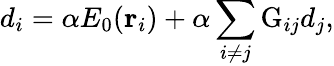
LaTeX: d_{i}=\alpha E_{0}(\mathbf{r}_{i})+\alpha\sum_{i\neq j}\mathrm{G}_{ij}d_{j},